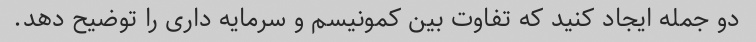
دو جمله ایجاد کنید که تفاوت بین کمونیسم و سرمایه داری را توضیح دهد.